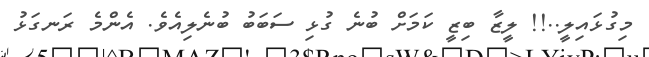
މިގުޅައިލީ..!! ލީޒާ ބިޒީ ކަމަށް ބުނެ ގުޅި ސަބަބު ބުނެލިއެވެ. އެންމެ ރަނގަޅު